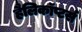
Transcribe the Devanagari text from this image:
हैलिकॉप्टर्स